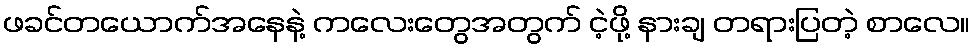
ဖခင်တယောက်အနေနဲ့ ကလေးတွေအတွက် ငဲ့ဖို့ နားချ တရားပြတဲ့ စာလေ။